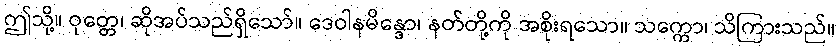
ဤသို့။ ဝုတ္တေ၊ ဆိုအပ်သည်ရှိသော်။ ဒေဝါနမိန္ဒော၊ နတ်တို့ကို အစိုးရသော။ သက္ကော၊ သိကြားသည်။